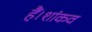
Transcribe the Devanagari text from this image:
हैं।शांकव